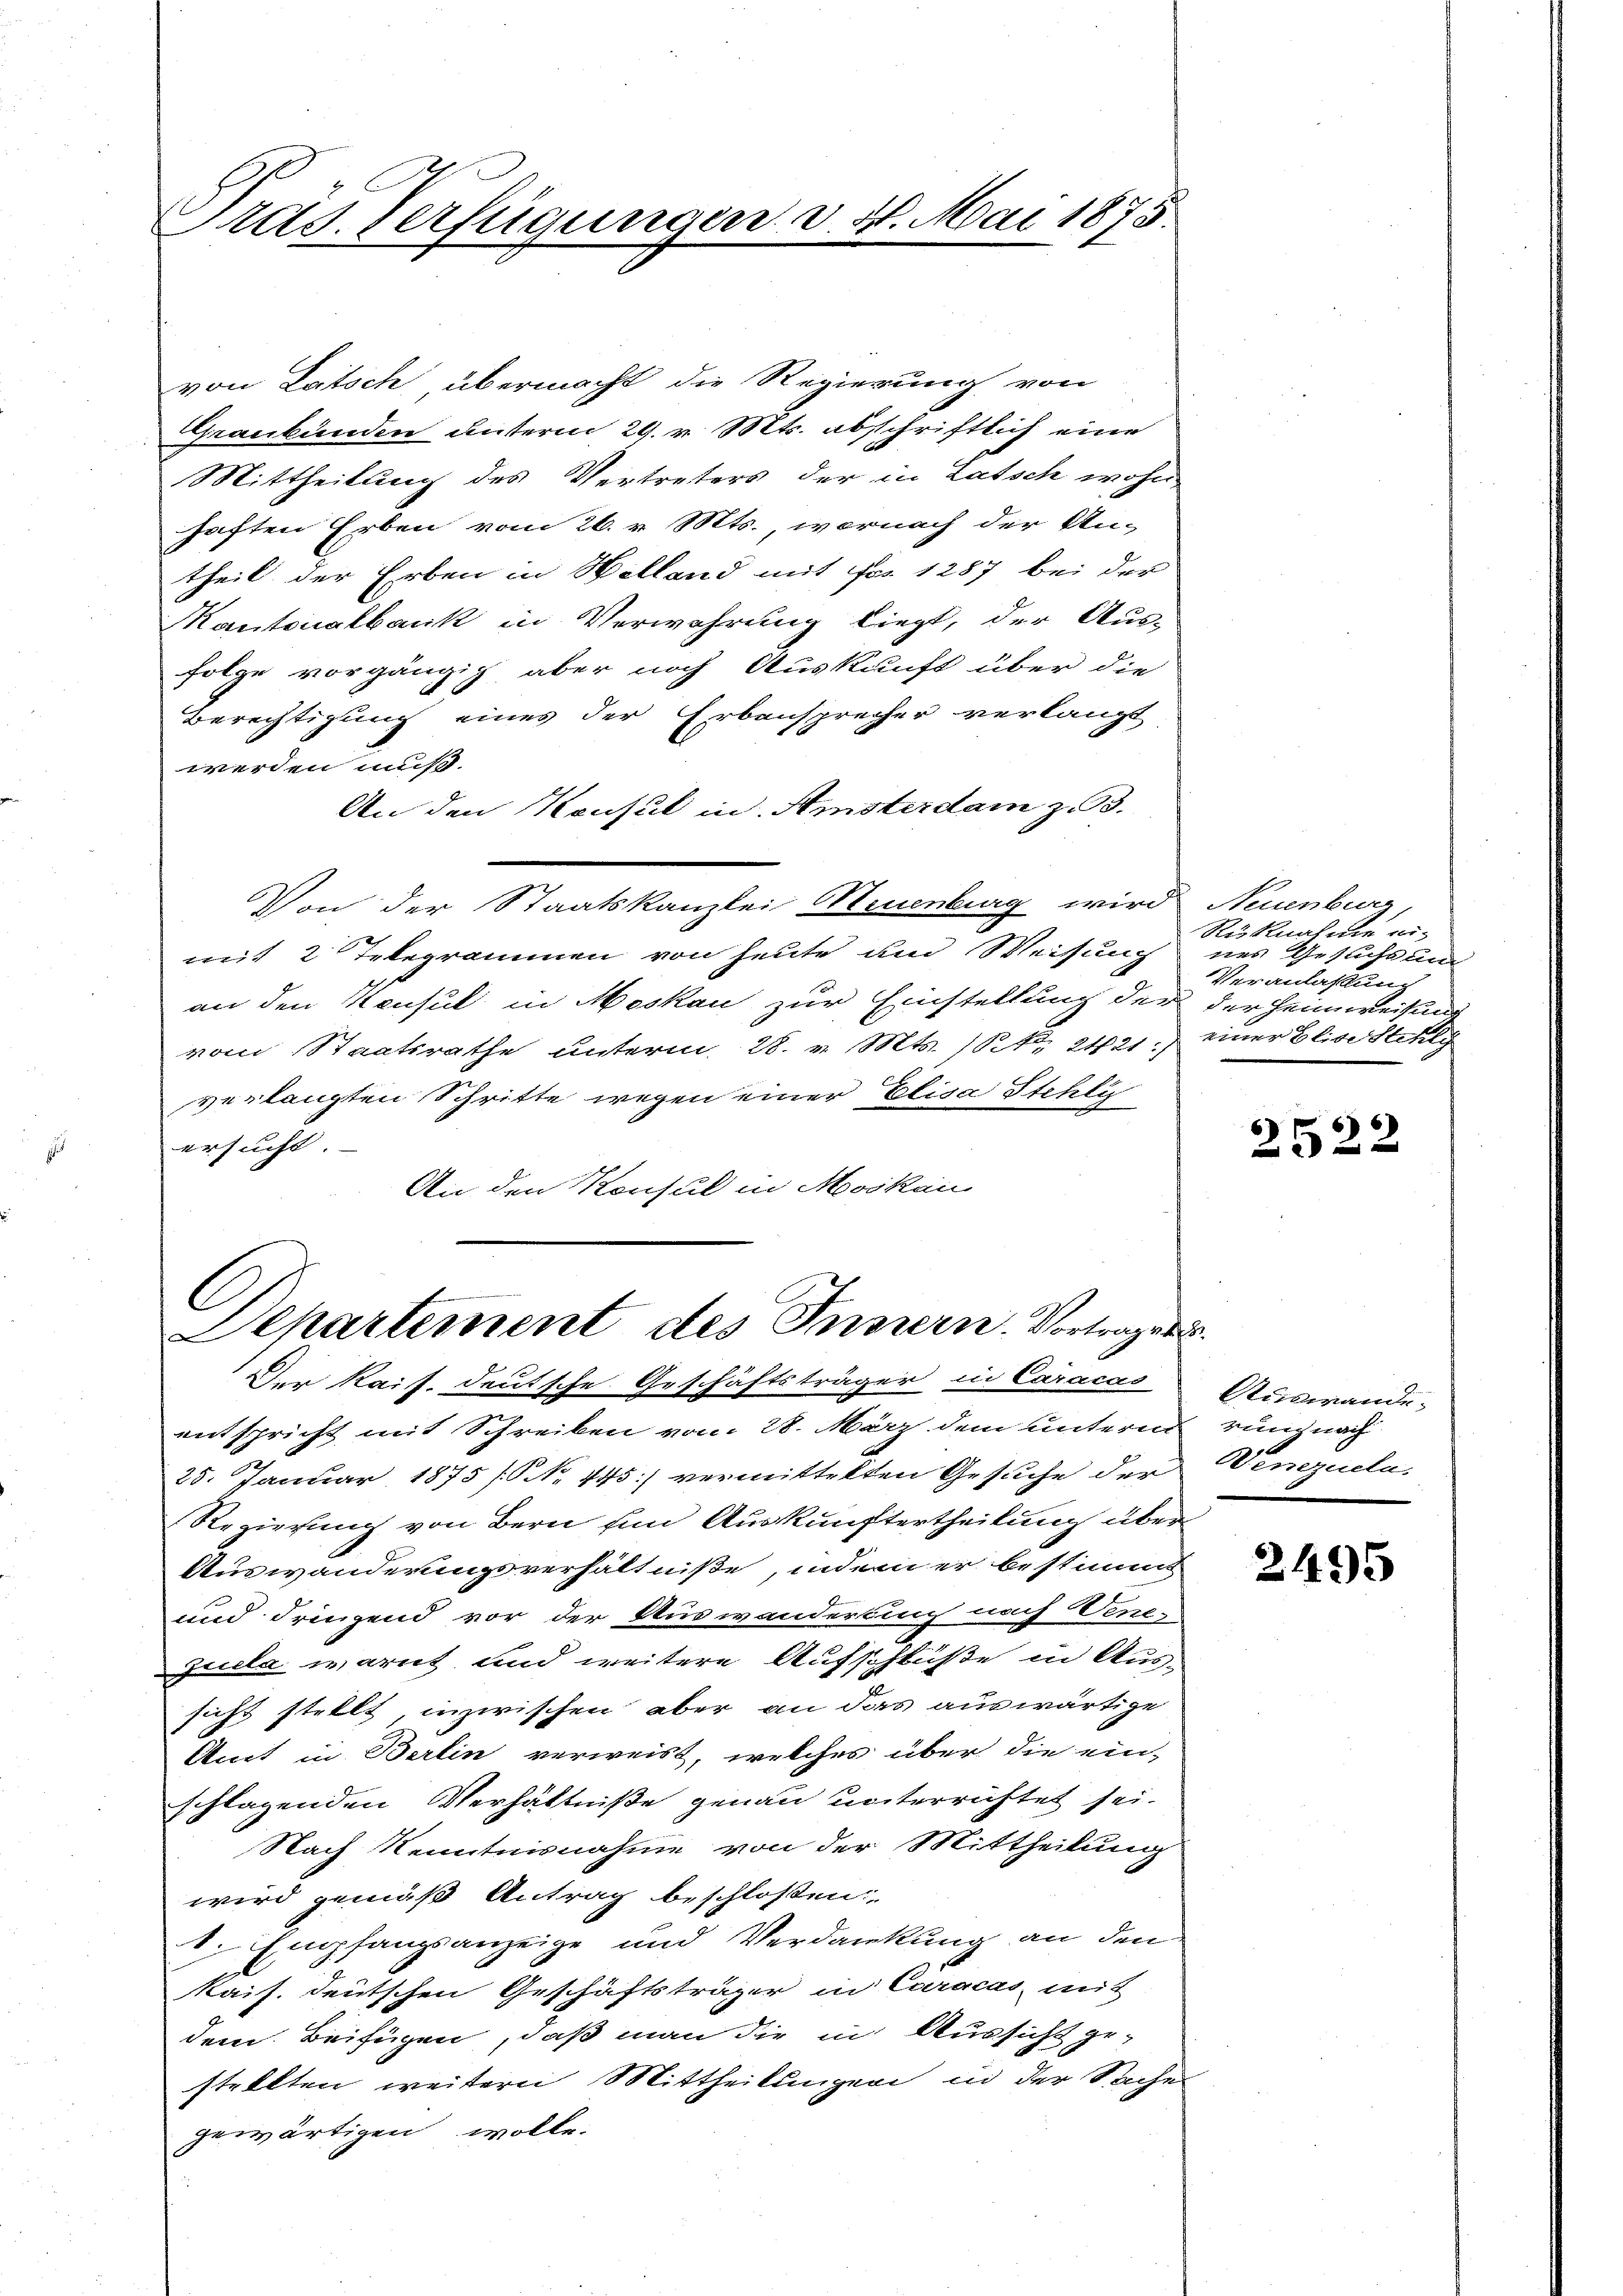
E
Prad. Verfügungen v. 4. Mai 1875.

von Latsch übermacht die Regierung von
Graubünden unterm 29. v. Mts. abschriftlich eine
Mittheilung des Vertreters der in Latsch wohn
haften Erben vom 26. v. Mts., wornach der An-
theil der Erben in Helland mit Fr. 1287 bei der
Kantonalbank in Verwahrung liegt, der Aus-
Folge vorgängig aber noch Auskunft über die
Berechtigung eines der Erbansprecher verlangt
werden muß.
An den Konsul in Amsterdam z. 93.
Von der Staatskanzlei Neuenburg wird Neuenburg,
mit 2 Telegrammen von heute und Weisung
an den Keusul in Moskau zur Einstellung der der Heimweisung
vom Staatsrathe unterm 28. v. Mts. (S. 2421.) einer Blissstellg
verlangten Schritte wegen einer Elisa Stehlic
ersucht
An den Konsul in Moskau

C
Departement des Innern. Vortrage

Der Kais. deutsche Geschäftsträger in Caracas
entspricht mit Schreiben vom 28. März dem untern rung nach
25. Januar 1875 / No. 445) vermittelten Gesuche der Venezuela,
Regierung von Bern ein Auskunftertheilung über
Auswanderungsverhältniße, indem er bestimmt
und dringend vor der Auswanderung nach Vene-
Zulla warnt und weitere Aufschlüße in Aussicht stellt, inzwischen aber an das auswärtige
Aicet in Berlin verweist, welches über die ein-
schlagenden Verhältniße genau unterrichtet sei.
Nach Kenntnisnahme von der Mittheilung
wird gemäß Antrag beschlossen:
1. Empfangsanzeige und Verdankung an den
kais. deutschen Geschäftsträger in Caracas mit
dem Beifügen, daß man die in Aussicht gestellten weitern Mittheilungen in der Sache
gewärtigen wolle.

Rüknahme eines Gesuchtung
Veranlaßung

2522

Auswande.

2495